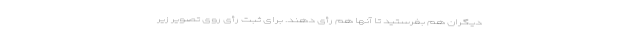
دیگران هم بفرستید تا آنها هم رأی دهند. برای ثبت رأی روی تصویر زیر